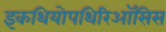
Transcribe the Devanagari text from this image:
इकथियोपथिरिऑसिस